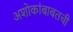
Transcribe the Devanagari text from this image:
अशोकांबाबतची